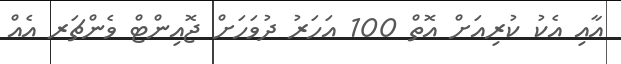
އާއި އެކު ކުރިއަށް އޮތް 100 އަހަރު ދުވަހަށް ޖޮއިންޓް ވެންޗަރ އެއް